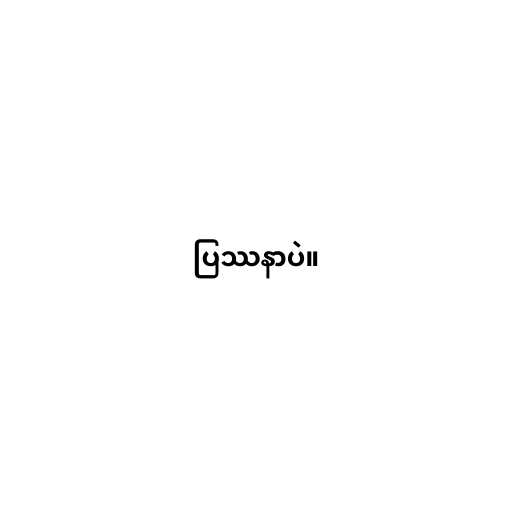
ပြဿနာပဲ။